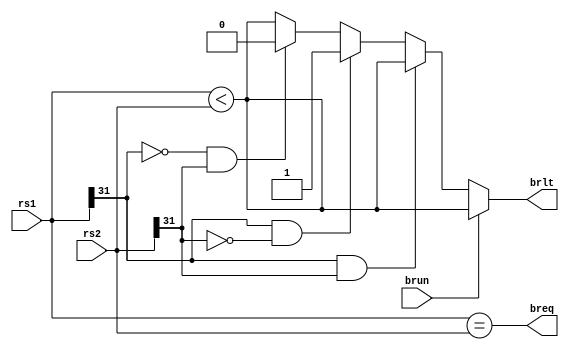
module branch_comp (
    // change name of rs1 and rs2 maybe. can be confusing
    input [31:0] rs1,
    input [31:0] rs2,
    input brun,
    output breq,
    output reg brlt
);

    assign breq = rs1 == rs2;

    wire rs1_sign, rs2_sign;
    assign rs1_sign = rs1[31];
    assign rs2_sign = rs2[31];

    always @(*) begin
        if (!brun) begin
            if (rs1_sign && rs2_sign) begin
                brlt = rs1 < rs2;
            end else if (rs1_sign && !rs2_sign) begin
                brlt = 1'b1;
            end else if (!rs1_sign && rs2_sign) begin
                brlt = 1'b0;
            end else begin
                brlt = rs1 < rs2;
            end
        end else begin
            brlt = rs1 < rs2;
        end
    end
endmodule